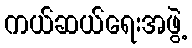
ကယ်ဆယ်ရေးအဖွဲ့